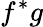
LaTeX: f^{\ast}g